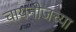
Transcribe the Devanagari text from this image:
चायनीजच्या